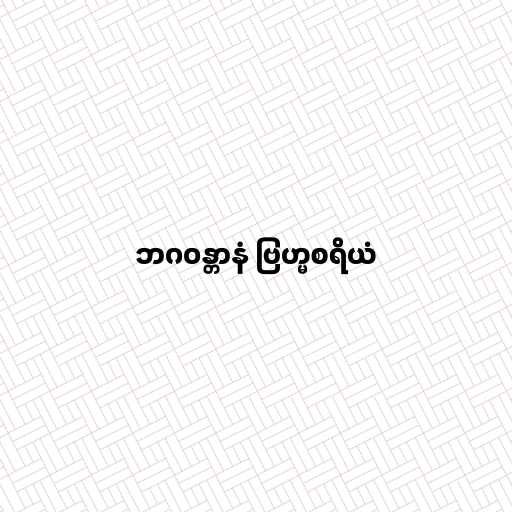
ဘဂဝန္တာနံ ဗြဟ္မစရိယံ